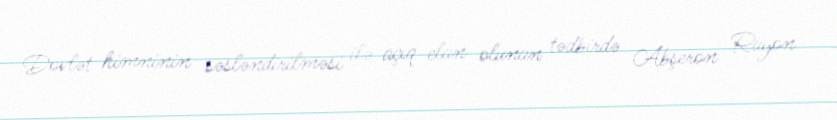
Dövlət himninin səsləndirilməsi ilə açıq elan olunan tədbirdə Abşeron Rayon